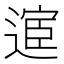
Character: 𫐸